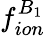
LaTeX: f_{ion}^{B_{1}}